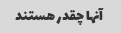
آنها چقدر هستند